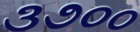
૩૭૦૦